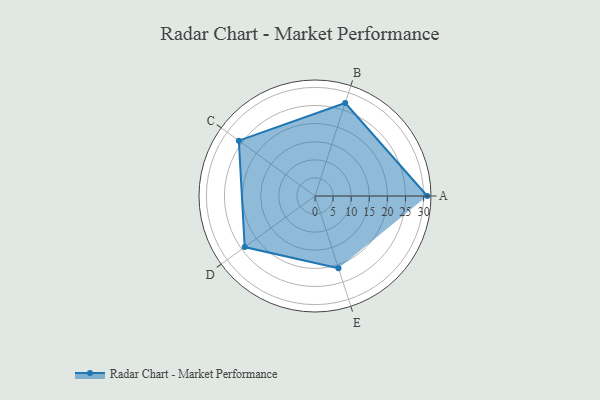
{"axis": {"x": "Skill", "y": "Score"}, "legend": ["Profile"], "data": [{"x": "A", "y": 31.0, "type": "Profile"}, {"x": "B", "y": 27.0, "type": "Profile"}, {"x": "C", "y": 26.0, "type": "Profile"}, {"x": "D", "y": 24.0, "type": "Profile"}, {"x": "E", "y": 21.0, "type": "Profile"}]}